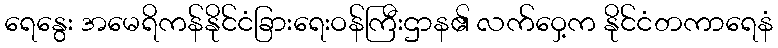
ရေနွေး အမေရိကန်နိုင်ငံခြားရေးဝန်ကြီးဌာန၏ လက်ဝှေ့က နိုင်ငံတကာရေနံ